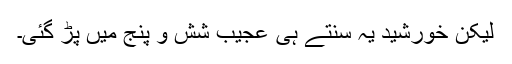
لیکن خورشید یہ سنتے ہی عجیب شش و پنج میں پڑ گئی۔